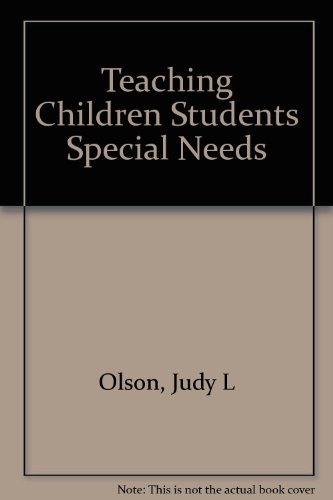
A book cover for Teaching Children and Adolescents With Special Needs; Judy L. Olson; Health, Fitness & Dieting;